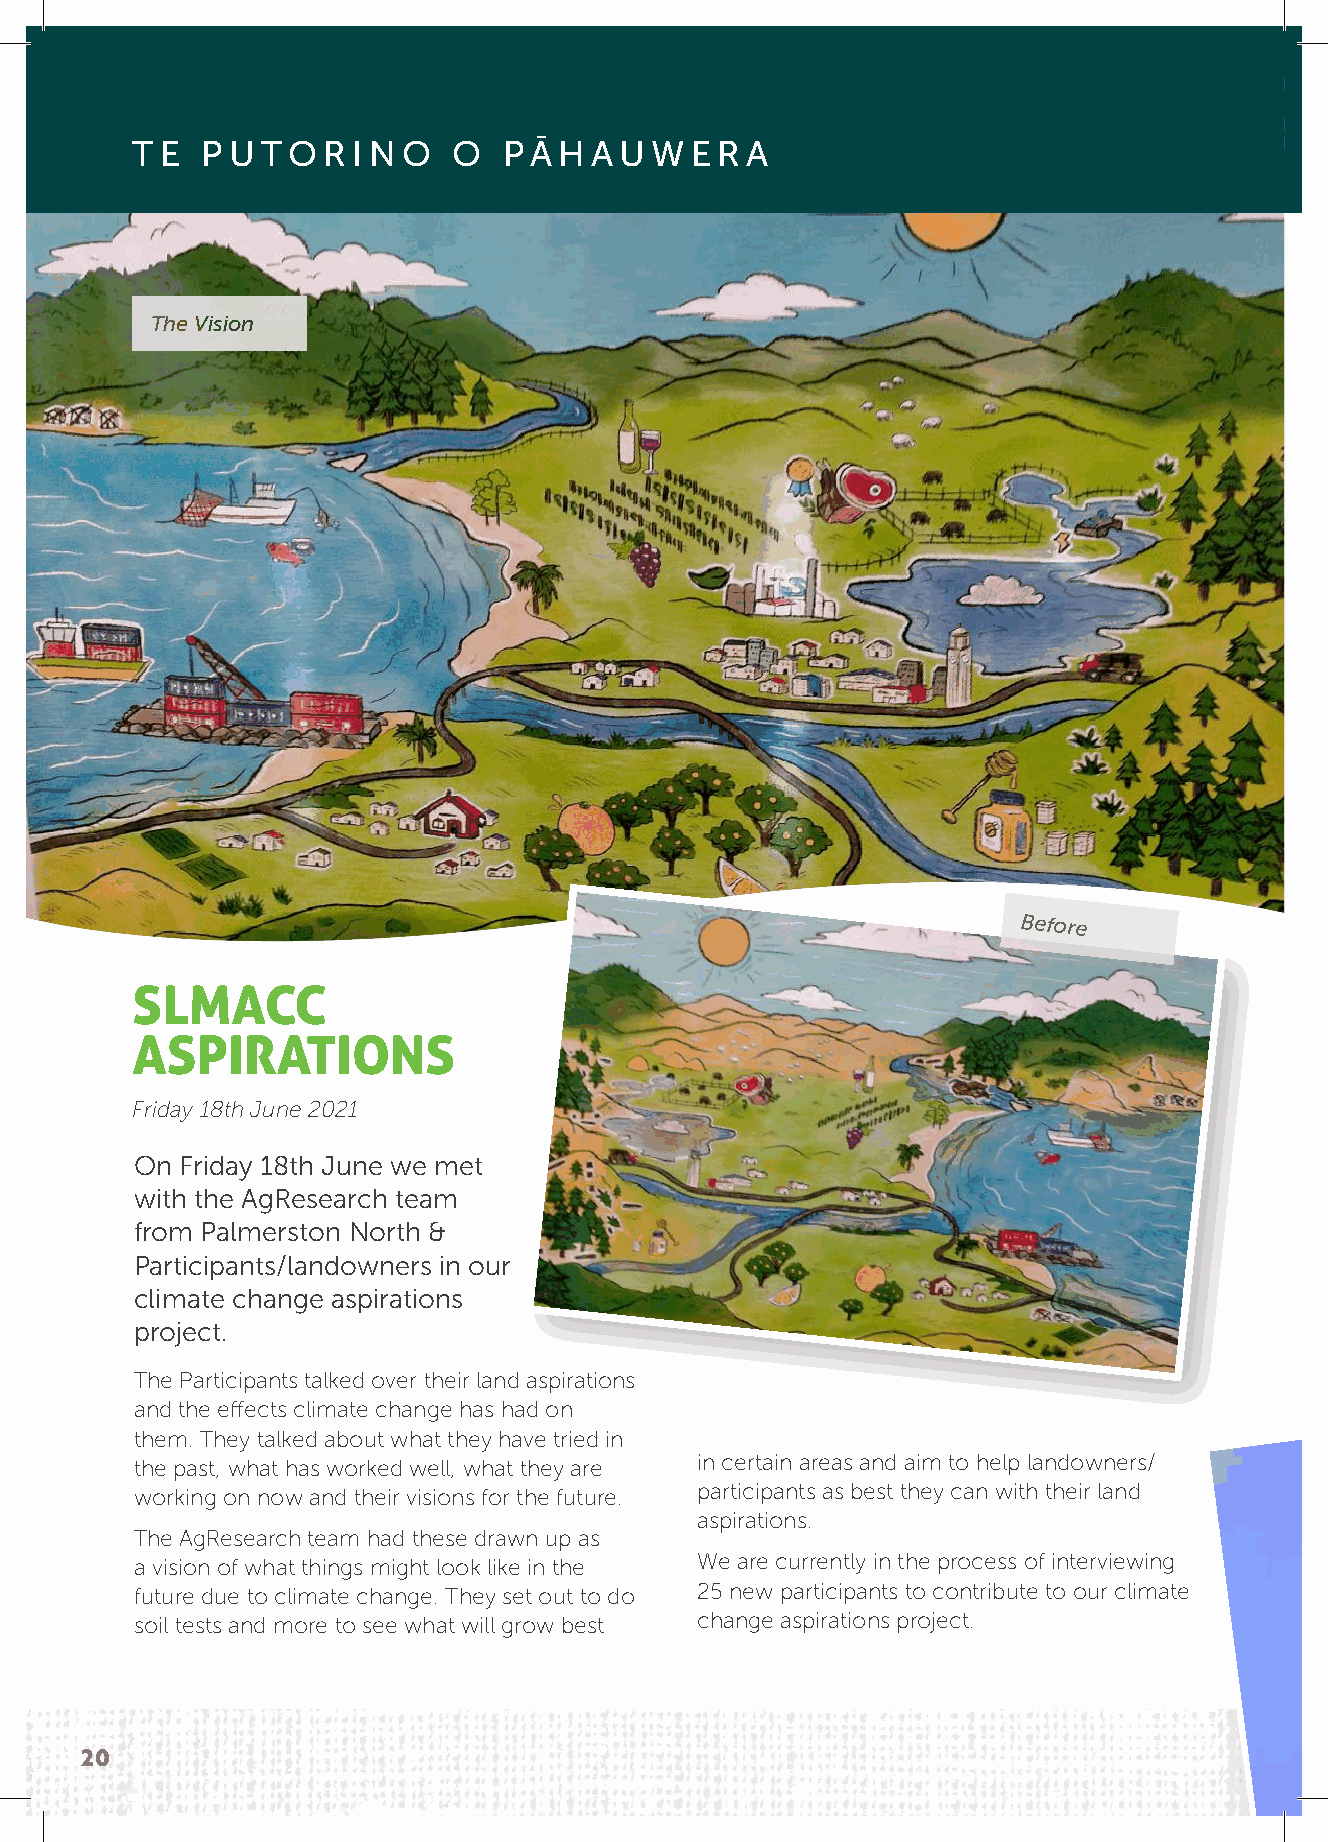
TE  PUTORINO         O  PĀHAUWERA
 The Vision
 Before
 SLMACC
 ASPIRATIONS
 Friday 18th June 2021
 On Friday 18th June we met
 with the AgResearch team
 from Palmerston North &
 Participants/landowners in our
 climate change aspirations
 project.
 The Participants talked over their land aspirations
 and the effects climate change has had on
 them. They talked about what they have tried in
 the past, what has worked well, what they are in certain areas and aim to help landowners/
 working on now and their visions for the future. participants as best they can with their land
 aspirations.
 The AgResearch team had these drawn up as
 a vision of what things might look like in the We are currently in the process of interviewing
 future due to climate change. They set out to do 25 new participants to contribute to our climate
 soil tests and more to see what will grow best change aspirations project.
 20